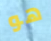
هو